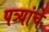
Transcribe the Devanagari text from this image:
पत्र्यांचे